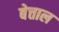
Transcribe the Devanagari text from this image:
बेत्ताल